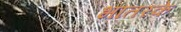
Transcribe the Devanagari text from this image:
भातरके